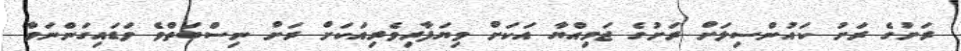
ރަށުގެ ރަށު ކައުންސިލަށް ރަށުގެ ޖަމިއްޔާ އަކަށް ވިޔަފާރިވެރިއަކަށް ރަށް ނިސްބަތްވެ ވަޑައިގަންނަވާ